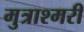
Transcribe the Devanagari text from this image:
मुत्राश्मरी